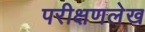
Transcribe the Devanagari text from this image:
परीक्षणलेख